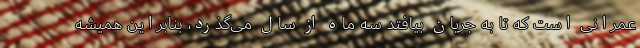
عمرانی است که تا به جریان بیافتد سه ماه از سال می‌گذرد، بنابراین همیشه